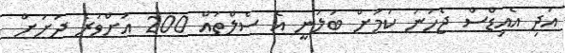
އަދި އެއިޑްސް ޖެހުނު ކަމަށް ބަލަނީ އެ ސެލްތައް 200 އަށްވުރެ ދަށަށް